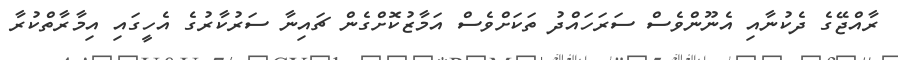
ރާއްޖޭގެ ދެކުނާއި އެނޫންވެސް ސަރަހައްދު ތަކަށްވެސް އަމާޒުކޮށްގެން ޗައިނާ ސަރުކާރުގެ އެހީގައި އިމާރާތްކުރާ